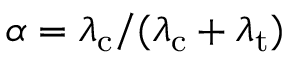
\alpha = \lambda _ { \mathrm { c } } / ( \lambda _ { \mathrm { c } } + \lambda _ { \mathrm { t } } )